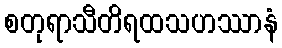
စတုရာသီတိရထသဟဿာနံ